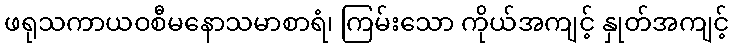
ဖရုသကာယဝစီမနောသမာစာရံ၊ ကြမ်းသော ကိုယ်အကျင့် နှုတ်အကျင့်